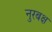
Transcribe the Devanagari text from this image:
नुरबक्ष